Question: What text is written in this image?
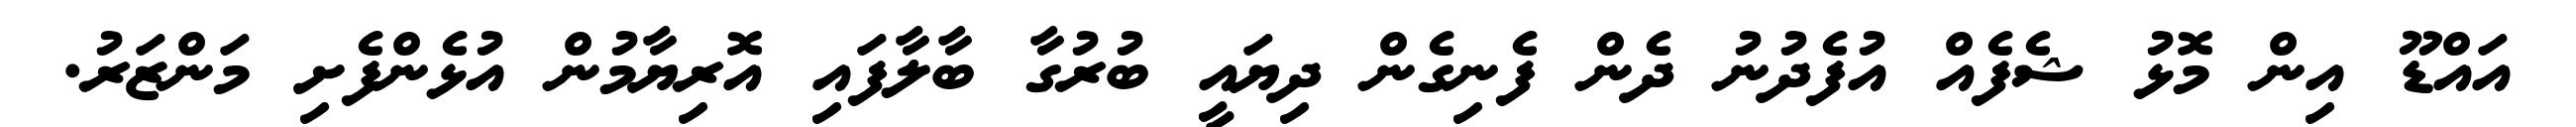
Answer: އައްޑޫ އިން މޮޅު ޝެފެއް އުފެދުނު ދެން ފެނިގެން ދިޔައީ ބުރުގާ ބާލާފައި އޮރިޔާމުން އުޅެންފެށި މަންޒަރު.